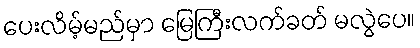
ပေးလိမ့်မည်မှာ မြေကြီးလက်ခတ် မလွဲပေ။